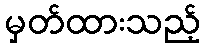
မှတ်ထားသည့်